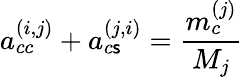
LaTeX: a_{cc}^{(i,j)}+a_{c\mathsf{s}}^{(j,i)}=\frac{{m_{c}^{(j)}}}{{M_{j}}}